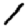
Digit: 1